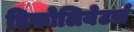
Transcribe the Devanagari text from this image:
डिफोलियेटर्स